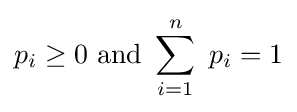
p_{i}\geq 0{\text{ and }}\sum _{i=1}^{n}\ p_{i}=1